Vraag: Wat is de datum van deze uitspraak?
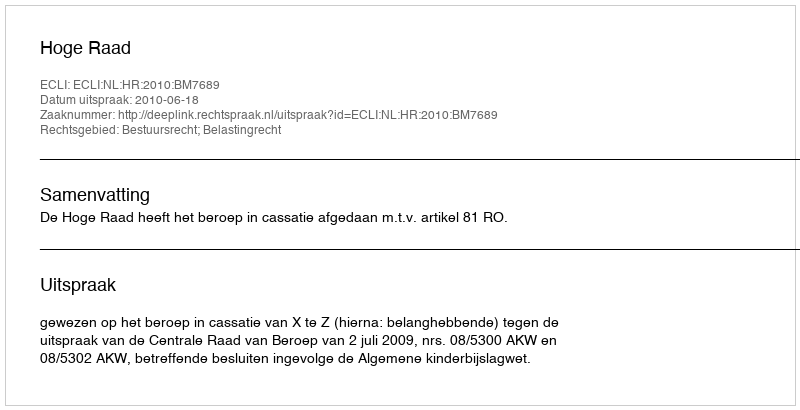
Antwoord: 2010-06-18